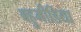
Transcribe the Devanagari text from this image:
बहुमीडिया